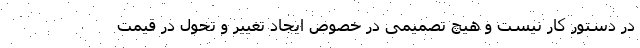
در دستور کار نیست و هیچ تصمیمی در خصوص ایجاد تغییر و تحول در قیمت